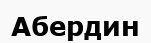
Абердин